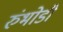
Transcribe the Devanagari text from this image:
रुंभोडी